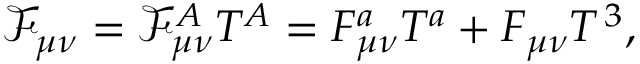
\mathcal { F } _ { \mu \nu } = \mathcal { F } _ { \mu \nu } ^ { A } T ^ { A } = F _ { \mu \nu } ^ { a } T ^ { a } + F _ { \mu \nu } T ^ { \, 3 } ,